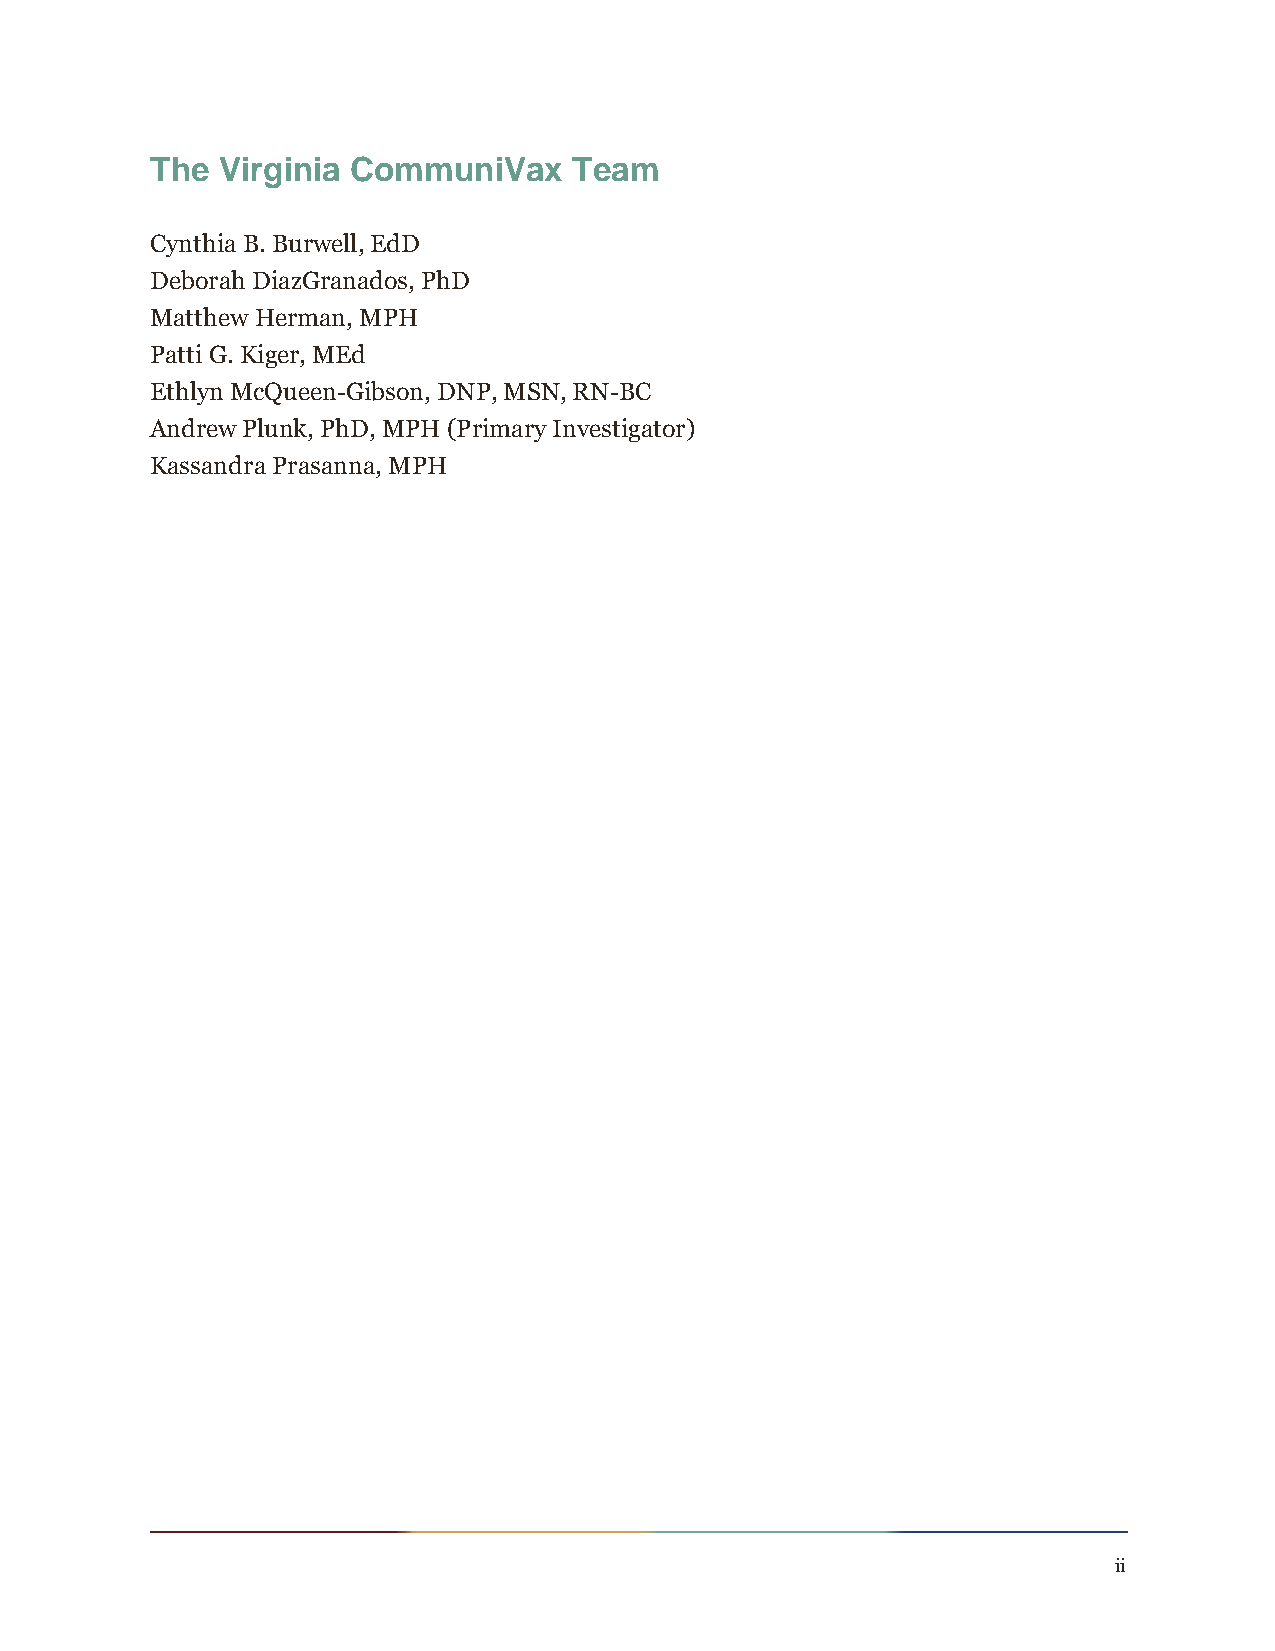
The Virginia CommuniVax     Team
 Cynthia B. Burwell, EdD
 Deborah DiazGranados, PhD
 Matthew Herman, MPH
 Patti G. Kiger, MEd
 Ethlyn McQueen-Gibson, DNP, MSN, RN-BC
 Andrew Plunk, PhD, MPH (Primary Investigator)
 Kassandra Prasanna, MPH
 ii